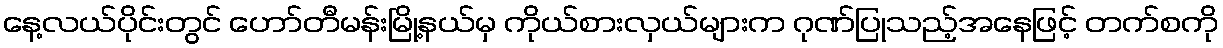
နေ့လယ်ပိုင်းတွင် ဟော်တီမန်းမြို့နယ်မှ ကိုယ်စားလှယ်များက ဂုဏ်ပြုသည့်အနေဖြင့် တက်စကို